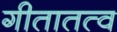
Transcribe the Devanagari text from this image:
गीतातत्व